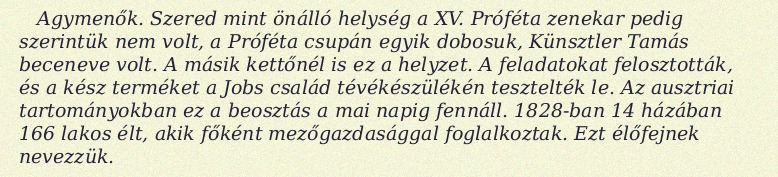
Agymenők. Szered mint önálló helység a XV. Próféta zenekar pedig szerintük nem volt, a Próféta csupán egyik dobosuk, Künsztler Tamás beceneve volt. A másik kettőnél is ez a helyzet. A feladatokat felosztották, és a kész terméket a Jobs család tévékészülékén tesztelték le. Az ausztriai tartományokban ez a beosztás a mai napig fennáll. 1828-ban 14 házában 166 lakos élt, akik főként mezőgazdasággal foglalkoztak. Ezt élőfejnek nevezzük.